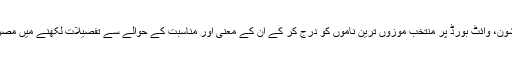
لیری اور شون، وائٹ بورڈ پر منتخب موزوں ترین ناموں کو درج کر کے ان کے معنی اور مناسبت کے حوالے سے تفصیلات لکھنے میں مصروف تھے۔